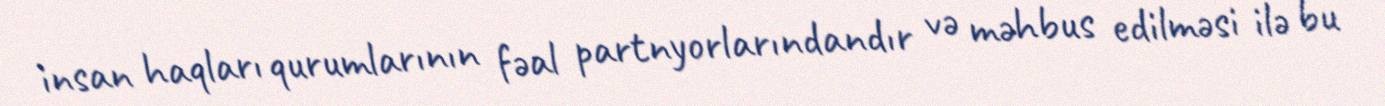
insan haqları qurumlarının fəal partnyorlarındandır və məhbus edilməsi ilə bu